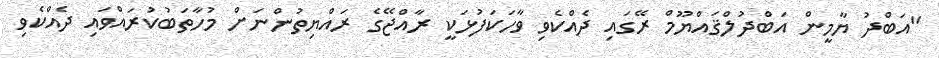
"އަބްދު ޔާމީން އަބްދުލްޤައްޔޫމް ރޭގައި ދެއްކެވި ވާހަކަފުޅަކީ ރާއްޖޭގެ ރައްޔިތުންނަށް މުހާތަބުކުރައްވައި ދެއްކެވި